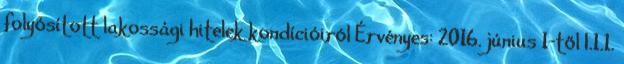
folyósított lakossági hitelek kondícióiról Érvényes: 2016. június 1-től I.1.1.